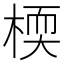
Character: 㮕